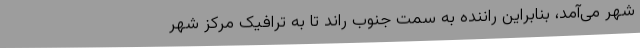
شهر می‌آمد، بنابراین راننده به سمت جنوب راند تا به ترافیک مرکز شهر